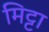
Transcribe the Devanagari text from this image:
मिट्टा